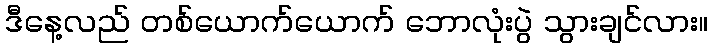
ဒီနေ့လည် တစ်ယောက်ယောက် ဘောလုံးပွဲ သွားချင်လား။